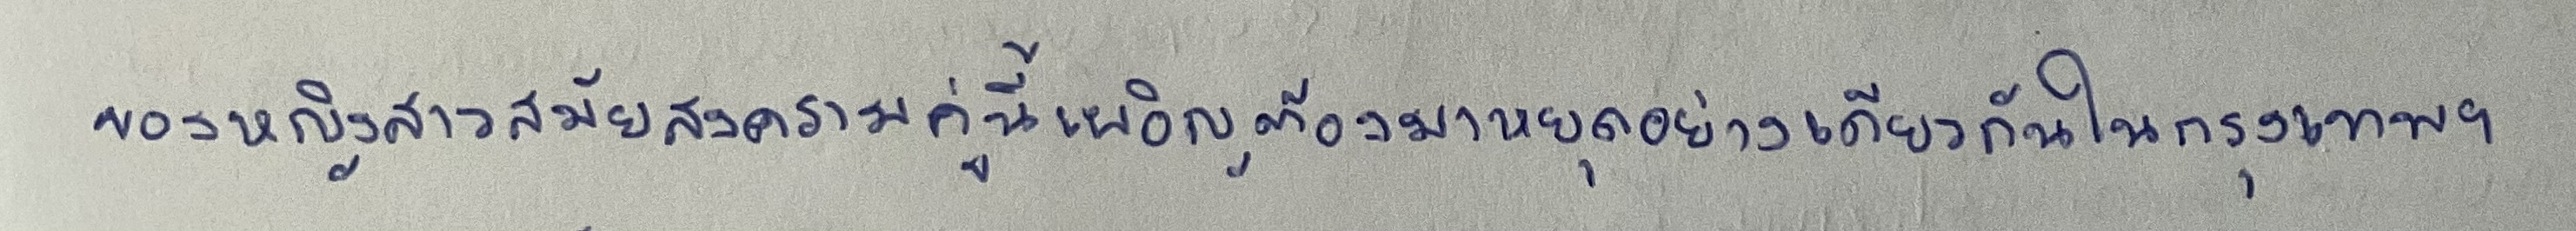
ของหญิงสาวสมัยสงครามคู่นี้เผอิญต้องมาหยุดอย่างเดียวกันในกรุงเทพฯ